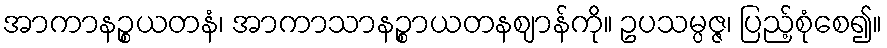
အာကာနဉ္စယတနံ၊ အာကာသာနဉ္စာယတနဈာန်ကို။ ဥပသမ္ပဇ္ဇ၊ ပြည့်စုံစေ၍။